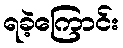
ရခဲ့ကြောင်း